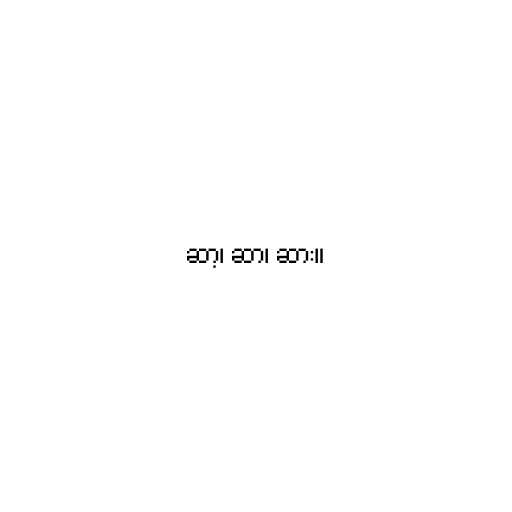
ဆာ့၊ ဆာ၊ ဆား။